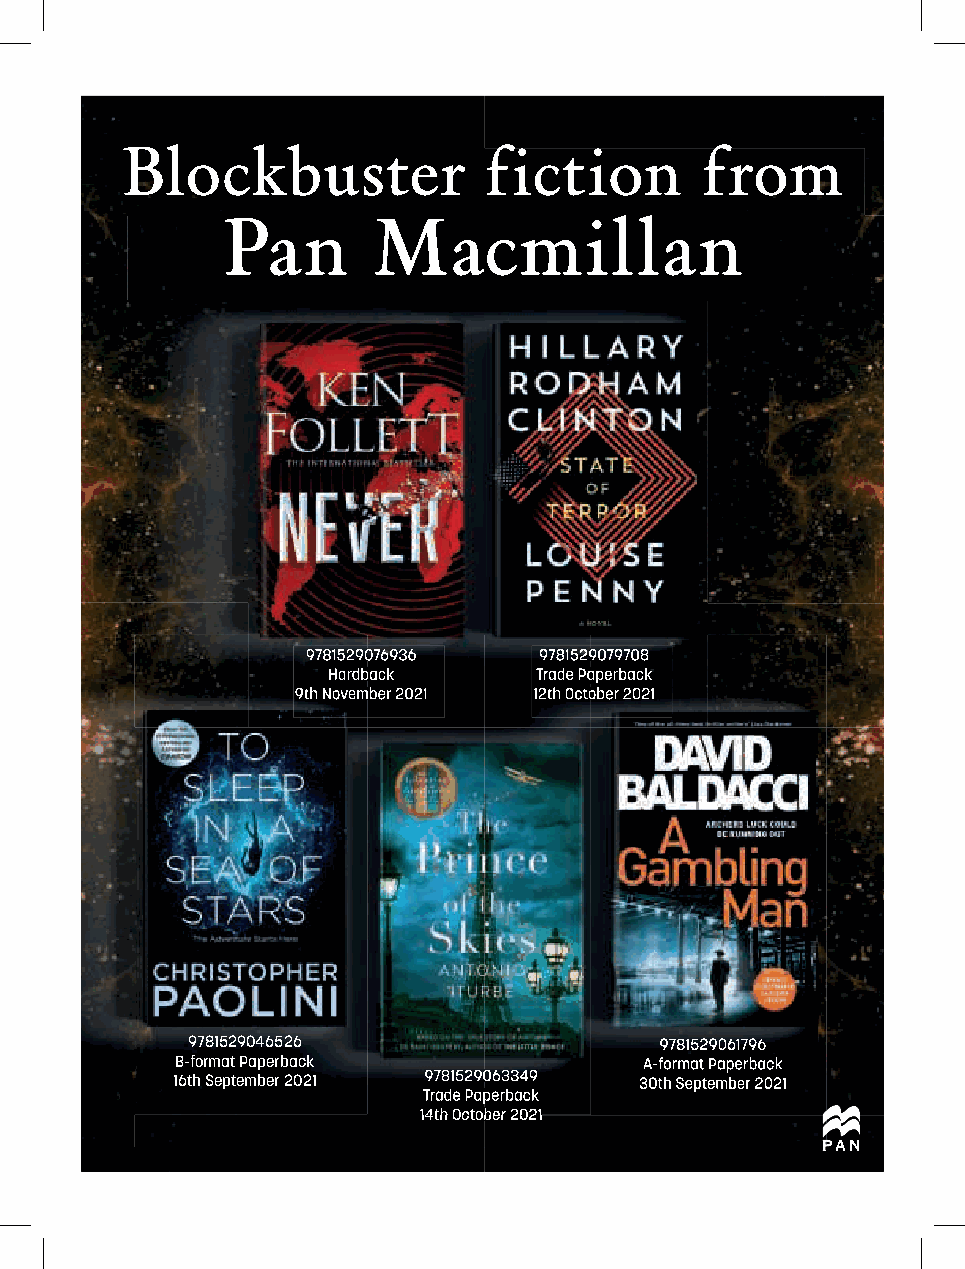
Blockbuster             fiction       from
 Pan       Macmillan
 999777888111555222999000777666999333666 999777888111555222999000777999777000888
 HHHaaarrrdddbbbaaaccckkk TTTrrraaadddeee PPPaaapppeeerrrbbbaaaccckkk
 999ttthhh NNNooovvveeemmmbbbeeerrr 222000222111 111222ttthhh OOOccctttooobbbeeerrr 222000222111
 9781529046526                   99778811552299006611779966
 B-format Paperback             AA--ffoorrmmaatt PPaappeerrbbaacckk
 16th September 2021 999777888111555222999000666333333444999 3300tthh SSeepptteemmbbeerr 22002211
 TTTrrraaadddeee PPPaaapppeeerrrbbbaaaccckkk
 111444ttthhh OOOccctttooobbbeeerrr 222000222111